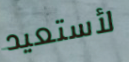
لأستعيد